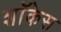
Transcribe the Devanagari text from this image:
शाॅकेस